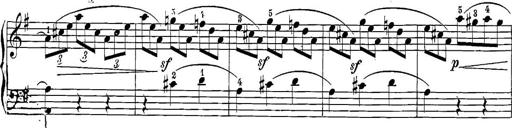
Title: 12 Sonatine per Pianoforte
Composer: Friedrich Kuhlau